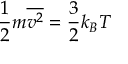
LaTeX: \displaystyle { \frac { 1 } { 2 } } m { \overline { { v ^ { 2 } } } } = { \frac { 3 } { 2 } } k _ { B } T